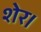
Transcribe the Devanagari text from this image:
शेर।